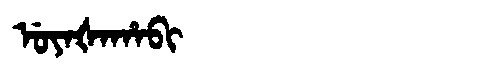
Manchu: ᡠᠶᠠᡧᠠᡥᠠᠪᡳ
Romanization: UYAŠAHABI